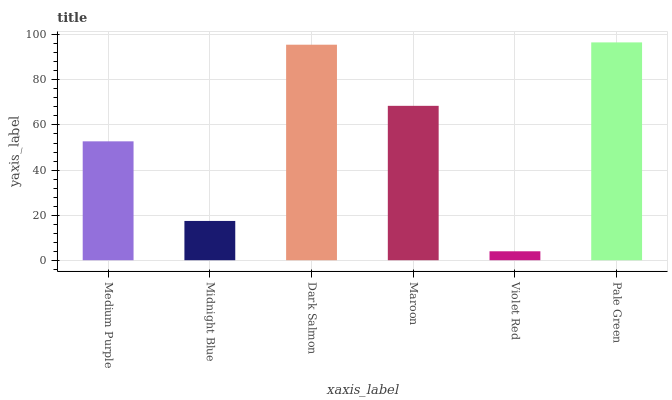
| xaxis_label | bars |
 | --- | --- |
 | Medium Purple | 52.7 |
 | Midnight Blue | 17.4 |
 | Dark Salmon | 95.6 |
 | Maroon | 68.5 |
 | Violet Red | 3.97 |
 | Pale Green | 96.6 |